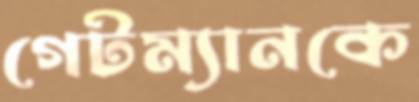
গেটম্যানকে